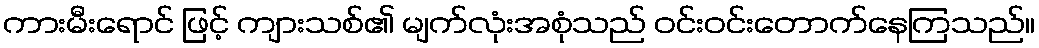
ကားမီးရောင် ဖြင့် ကျားသစ်၏ မျက်လုံးအစုံသည် ဝင်းဝင်းတောက်နေကြသည်။